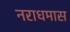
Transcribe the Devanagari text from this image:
नराधमास